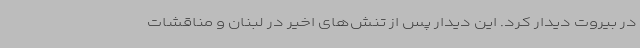
در بیروت دیدار کرد. این دیدار پس از تنش‌های اخیر در لبنان و مناقشات